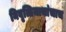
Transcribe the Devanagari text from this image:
निवृत्तिनाथांचाच